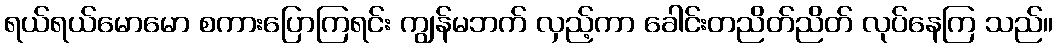
ရယ်ရယ်မောမော စကားပြောကြရင်း ကျွန်မဘက် လှည့်ကာ ခေါင်းတညိတ်ညိတ် လုပ်နေကြ သည်။